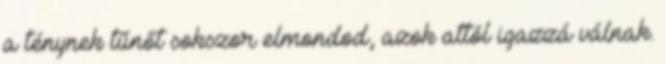
a ténynek tűnőt sokszor elmondod, azok attól igazzá válnak.